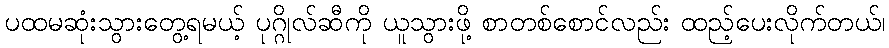
ပထမဆုံးသွားတွေ့ရမယ့် ပုဂ္ဂိုလ်ဆီကို ယူသွားဖို့ စာတစ်စောင်လည်း ထည့်ပေးလိုက်တယ်၊